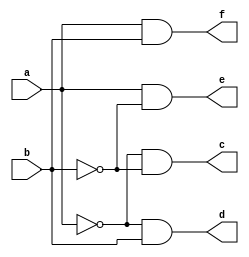
module tf_decoder(a,b,c,d,e,f);
input a,b;
output c,d,e,f;

assign c = (~a)&(~b);
assign d = (~a)&(b);
assign e = (a)&(~b);
assign f = (a)&(b);

endmodule